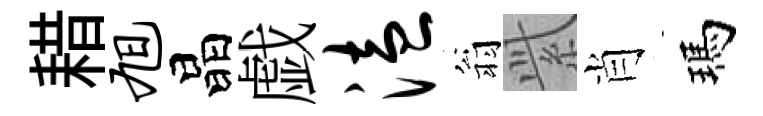
耤旭晶戯溘翁𬗋肖瑪